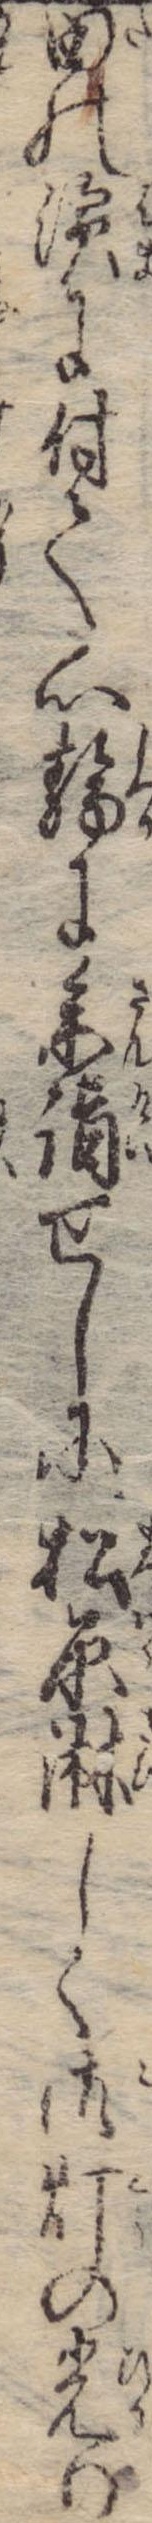
田の浜に付て心静に参詣せしに松原淋しく御灯の光り